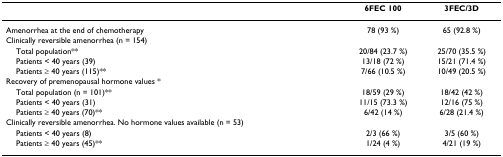
|  | 6FEC 100 | 3FEC/3D |
 | --- | --- | --- |
 | Amenorrhea at the end of chemotherapy | 78 (93 %) | 65 (92.8 %) |
 | Clinically reversible amenorrhea (n = 154) |  |  |
 | Total population** | 20/84 (23.7 %) | 25/70 (35.5 %) |
 | Patients < 40 years (39) | 13/18 (72 %) | 15/21 (71.4 %) |
 | Patients ≥ 40 years (115)** | 7/66 (10.5 %) | 10/49 (20.5 %) |
 | Recovery of premenopausal hormone values * |  |  |
 | Total population (n = 101)** | 18/59 (29 %) | 18/42 (42 %) |
 | Patients < 40 years (31) | 11/15 (73.3 %) | 12/16 (75 %) |
 | Patients ≥ 40 years (70)** | 6/42 (14 %) | 6/28 (21.4 %) |
 | Clinically reversible amenorrhea. No hormone values available (n = 53) |  |  |
 | Patients < 40 years (8) | 2/3 (66 %) | 3/5 (60 %) |
 | Patients ≥ 40 years (45)** | 1/24 (4 %) | 4/21 (19 %) |